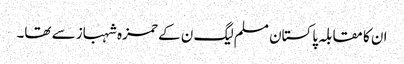
ان کا مقابلہ پاکستان مسلم لیگ ن کے حمزہ شہباز سے تھا۔